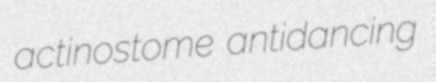
actinostome antidancing